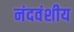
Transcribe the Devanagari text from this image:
नंदवंशीय